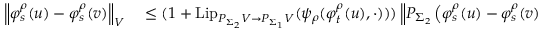
\begin{array} { r l } { \left\Vert \varphi _ { s } ^ { \rho } ( u ) - \varphi _ { s } ^ { \rho } ( v ) \right\Vert _ { V } } & { { } \leq ( 1 + \mathrm { L i p } _ { P _ { \Sigma _ { 2 } } V \to P _ { \Sigma _ { 1 } } V } ( \psi _ { \rho } ( \varphi _ { t } ^ { \rho } ( u ) , \cdot ) ) ) \left\Vert P _ { \Sigma _ { 2 } } \left( \varphi _ { s } ^ { \rho } ( u ) - \varphi _ { s } ^ { \rho } ( v ) \right) \right\Vert _ { V } } \end{array}